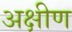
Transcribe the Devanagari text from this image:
अक्षीण